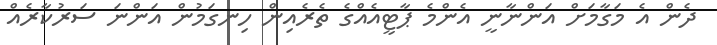
ދެން އެ މަގާމަށް އަންނާނީ އެންމެ ޕާޓީއެއްގެ ތެރެއިން ހިނގަމުން އަންނަ ސަރުކާރެއް